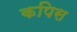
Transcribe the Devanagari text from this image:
कपिस